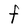
Character: F